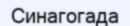
Синагогада